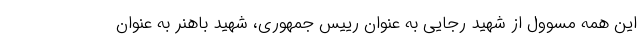
این همه مسوول از شهید رجایی به عنوان رییس جمهوری، شهید باهنر به عنوان